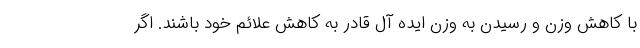
با کاهش وزن و رسیدن به وزن ایده آل قادر به کاهش علائم خود باشند. اگر